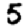
Digit: 5